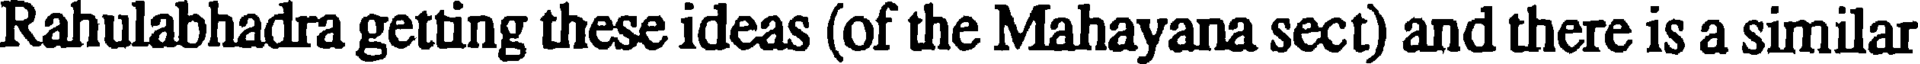
Rahulabhadra getting these ideas (of the Mahayana sect) and there is a similar